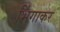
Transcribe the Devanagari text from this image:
भिंगाकर